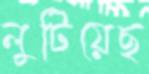
লুটিয়েছ